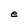
Character: e